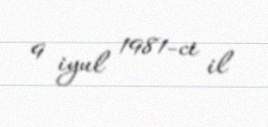
9 iyul 1981-ci il